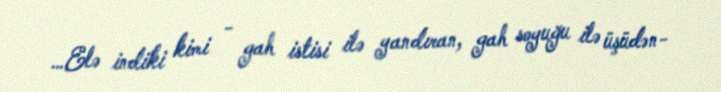
…Elə indiki kimi - gah istisi ilə yandıran, gah soyuğu ilə üşüdən-